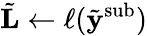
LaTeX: \tilde{\mathbf{L}}\gets\ell(\tilde{\mathbf{y}}^{\mathrm{sub}})